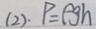
( 2 ) . P = p g h